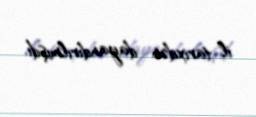
il tarixdən dayandırılmışdı.